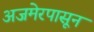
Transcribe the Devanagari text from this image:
अजमेरपासून